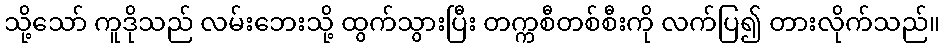
သို့သော် ကူဒိုသည် လမ်းဘေးသို့ ထွက်သွားပြီး တက္ကစီတစ်စီးကို လက်ပြ၍ တားလိုက်သည်။